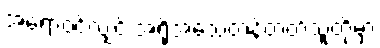
အရောဝင်လျှင် အရိုအသေတန်တတ်သူတို့မှာ